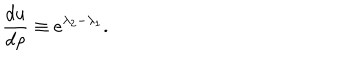
{ \frac { d u } { d \rho } } \equiv e ^ { \lambda _ { 2 } - \lambda _ { 1 } } .